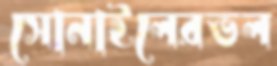
সোনাইলেরভল